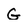
Character: G